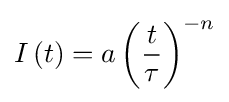
I\left(t\right)=a\left({\frac {t}{\tau }}\right)^{-n}